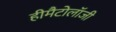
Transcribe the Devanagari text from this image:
हीमैटोलॉजी